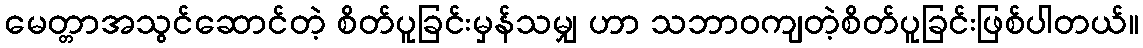
မေတ္တာအသွင်ဆောင်တဲ့ စိတ်ပူခြင်းမှန်သမျှ ဟာ သဘာဝကျတဲ့စိတ်ပူခြင်းဖြစ်ပါတယ်။